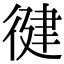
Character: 徤